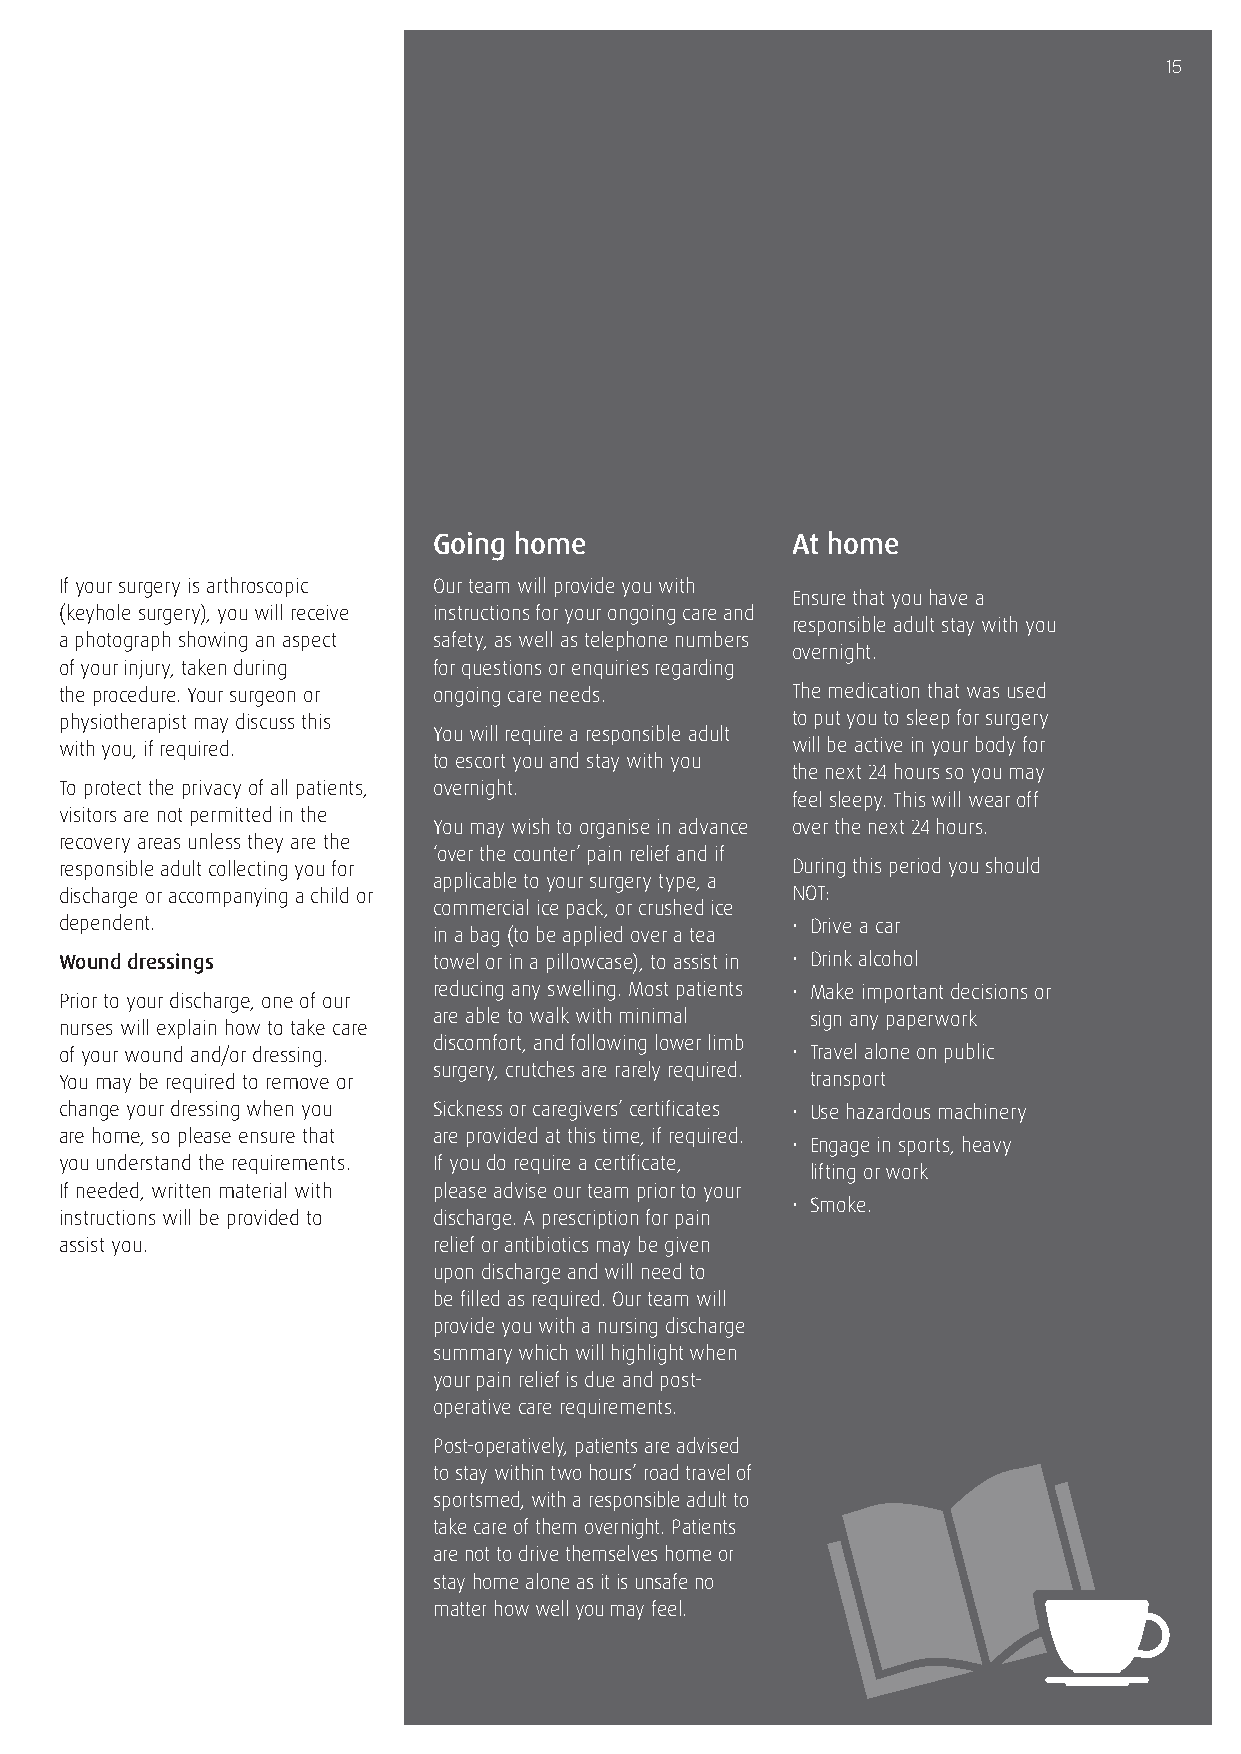
15
 Going home             At home
 If your surgery is arthroscopic Our team will provide you with
 Ensure that you have a
 (keyhole surgery), you will receive instructions for your ongoing care and
 responsible adult stay with you
 a photograph showing an aspect safety, as well as telephone numbers
 overnight.
 of your injury, taken during for questions or enquiries regarding
 the procedure. Your surgeon or ongoing care needs. The medication that was used
 physiotherapist may discuss this                to put you to sleep for surgery
 You will require a responsible adult
 with you, if required.                          will be active in your body for
 to escort you and stay with you
 the next 24 hours so you may
 To protect the privacy of all patients, overnight.
 feel sleepy. This will wear off
 visitors are not permitted in the
 You may wish to organise in advance over the next 24 hours.
 recovery areas unless they are the
 ‘over the counter’ pain relief and if
 responsible adult collecting you for            During this period you should
 applicable to your surgery type, a
 discharge or accompanying a child or            NOT:
 commercial ice pack, or crushed ice
 dependent.                                      • Drive a car
 in a bag (to be applied over a tea
 Wound dressings          towel or in a pillowcase), to assist in • Drink alcohol
 reducing any swelling. Most patients • Make important decisions or
 Prior to your discharge, one of our
 are able to walk with minimal sign any paperwork
 nurses will explain how to take care
 discomfort, and following lower limb
 of your wound and/or dressing.                  • Travel alone on public
 surgery, crutches are rarely required.
 You may be required to remove or                  transport
 change your dressing when you Sickness or caregivers’ certificates • Use hazardous machinery
 are home, so please ensure that are provided at this time, if required.
 • Engage in sports, heavy
 you understand the requirements. If you do require a certificate,
 lifting or work
 If needed, written material with please advise our team prior to your
 • Smoke.
 instructions will be provided to discharge. A prescription for pain
 assist you.              relief or antibiotics may be given
 upon discharge and will need to
 be filled as required. Our team will
 provide you with a nursing discharge
 summary which will highlight when
 your pain relief is due and post-
 operative care requirements.
 Post-operatively, patients are advised
 to stay within two hours’ road travel of
 sportsmed, with a responsible adult to
 take care of them overnight. Patients
 are not to drive themselves home or
 stay home alone as it is unsafe no
 matter how well you may feel.